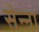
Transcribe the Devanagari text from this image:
सेन्‍ना